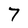
Character: 7